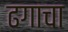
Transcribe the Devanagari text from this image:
ढगाचा